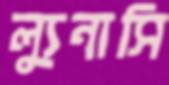
ল্যুনাসি